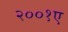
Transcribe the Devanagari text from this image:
२००१ए